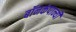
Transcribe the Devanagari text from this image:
बॉनकंपान्यी